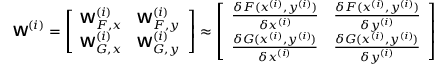
\boldsymbol { \mathsf { W } } ^ { ( i ) } = \left[ \begin{array} { l l } { \boldsymbol { \mathsf { W } } _ { F , x } ^ { ( i ) } } & { \boldsymbol { \mathsf { W } } _ { F , y } ^ { ( i ) } } \\ { \boldsymbol { \mathsf { W } } _ { G , x } ^ { ( i ) } } & { \boldsymbol { \mathsf { W } } _ { G , y } ^ { ( i ) } } \end{array} \right] \approx \left[ \begin{array} { l l } { \frac { \delta F ( \boldsymbol { x } ^ { ( i ) } , \boldsymbol { y } ^ { ( i ) } ) } { \delta \boldsymbol { x } ^ { ( i ) } } } & { \frac { \delta F ( \boldsymbol { x } ^ { ( i ) } , \boldsymbol { y } ^ { ( i ) } ) } { \delta \boldsymbol { y } ^ { ( i ) } } } \\ { \frac { \delta G ( \boldsymbol { x } ^ { ( i ) } , \boldsymbol { y } ^ { ( i ) } ) } { \delta \boldsymbol { x } ^ { ( i ) } } } & { \frac { \delta G ( \boldsymbol { x } ^ { ( i ) } , \boldsymbol { y } ^ { ( i ) } ) } { \delta \boldsymbol { y } ^ { ( i ) } } } \end{array} \right]